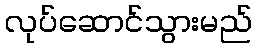
လုပ်ဆောင်သွားမည်